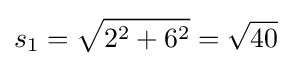
s_{1}={\sqrt {2^{2}+6^{2}}}={\sqrt {40}}